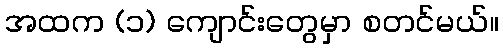
အထက (၁) ကျောင်းတွေမှာ စတင်မယ်။